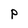
Character: P